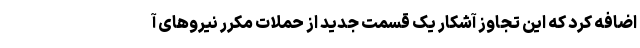
اضافه کرد که این تجاوز آشکار یک قسمت جدید از حملات مکرر نیروهای آ